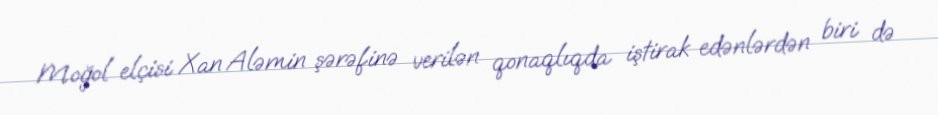
Moğol elçisi Xan Aləmin şərəfinə verilən qonaqlıqda iştirak edənlərdən biri də